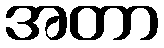
အတာ